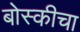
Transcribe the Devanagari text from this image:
बोस्कीचा